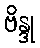
ဗိန္ဒု